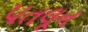
પતલૂન